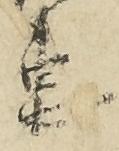
恵